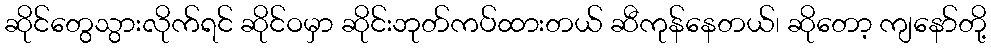
ဆိုင်တွေသွားလိုက်ရင် ဆိုင်ဝမှာ ဆိုင်းဘုတ်ကပ်ထားတယ် ဆီကုန်နေတယ်၊ ဆိုတော့ ကျနော်တို့